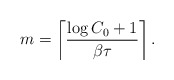
\begin{align*}m =\left\lceil\frac{\log C_0+1}{\beta\tau}\right\rceil.\end{align*}